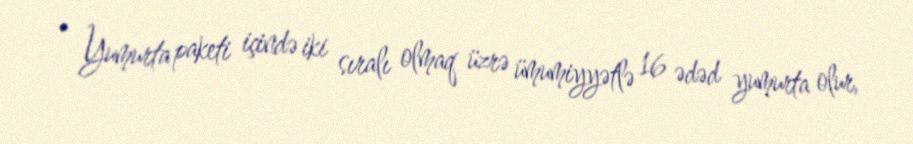
• Yumurta paketi içində iki sıralı olmaq üzrə ümumiyyətlə 16 ədəd yumurta olur,